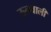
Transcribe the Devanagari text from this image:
ऊनवाली